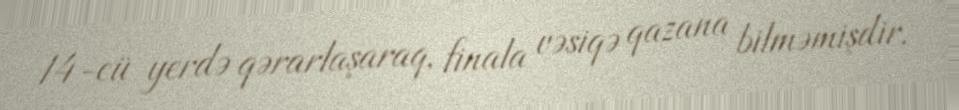
14-cü yerdə qərarlaşaraq, finala vəsiqə qazana bilməmişdir.